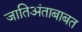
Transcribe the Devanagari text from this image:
जातिअंताबाबत